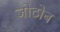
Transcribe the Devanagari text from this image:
जोटोब